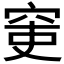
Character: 𥥥